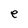
Character: e